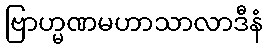
ဗြာဟ္မဏမဟာသာလာဒီနံ